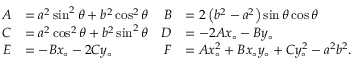
{ \begin{array} { r l r l } { A } & { = a ^ { 2 } \sin ^ { 2 } \theta + b ^ { 2 } \cos ^ { 2 } \theta } & { B } & { = 2 \left( b ^ { 2 } - a ^ { 2 } \right) \sin \theta \cos \theta } \\ { C } & { = a ^ { 2 } \cos ^ { 2 } \theta + b ^ { 2 } \sin ^ { 2 } \theta } & { D } & { = - 2 A x _ { \circ } - B y _ { \circ } } \\ { E } & { = - B x _ { \circ } - 2 C y _ { \circ } } & { F } & { = A x _ { \circ } ^ { 2 } + B x _ { \circ } y _ { \circ } + C y _ { \circ } ^ { 2 } - a ^ { 2 } b ^ { 2 } . } \end{array} }